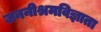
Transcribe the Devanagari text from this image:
जननीश्रमविज्ञाता